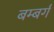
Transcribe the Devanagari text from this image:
बम्बर्ग